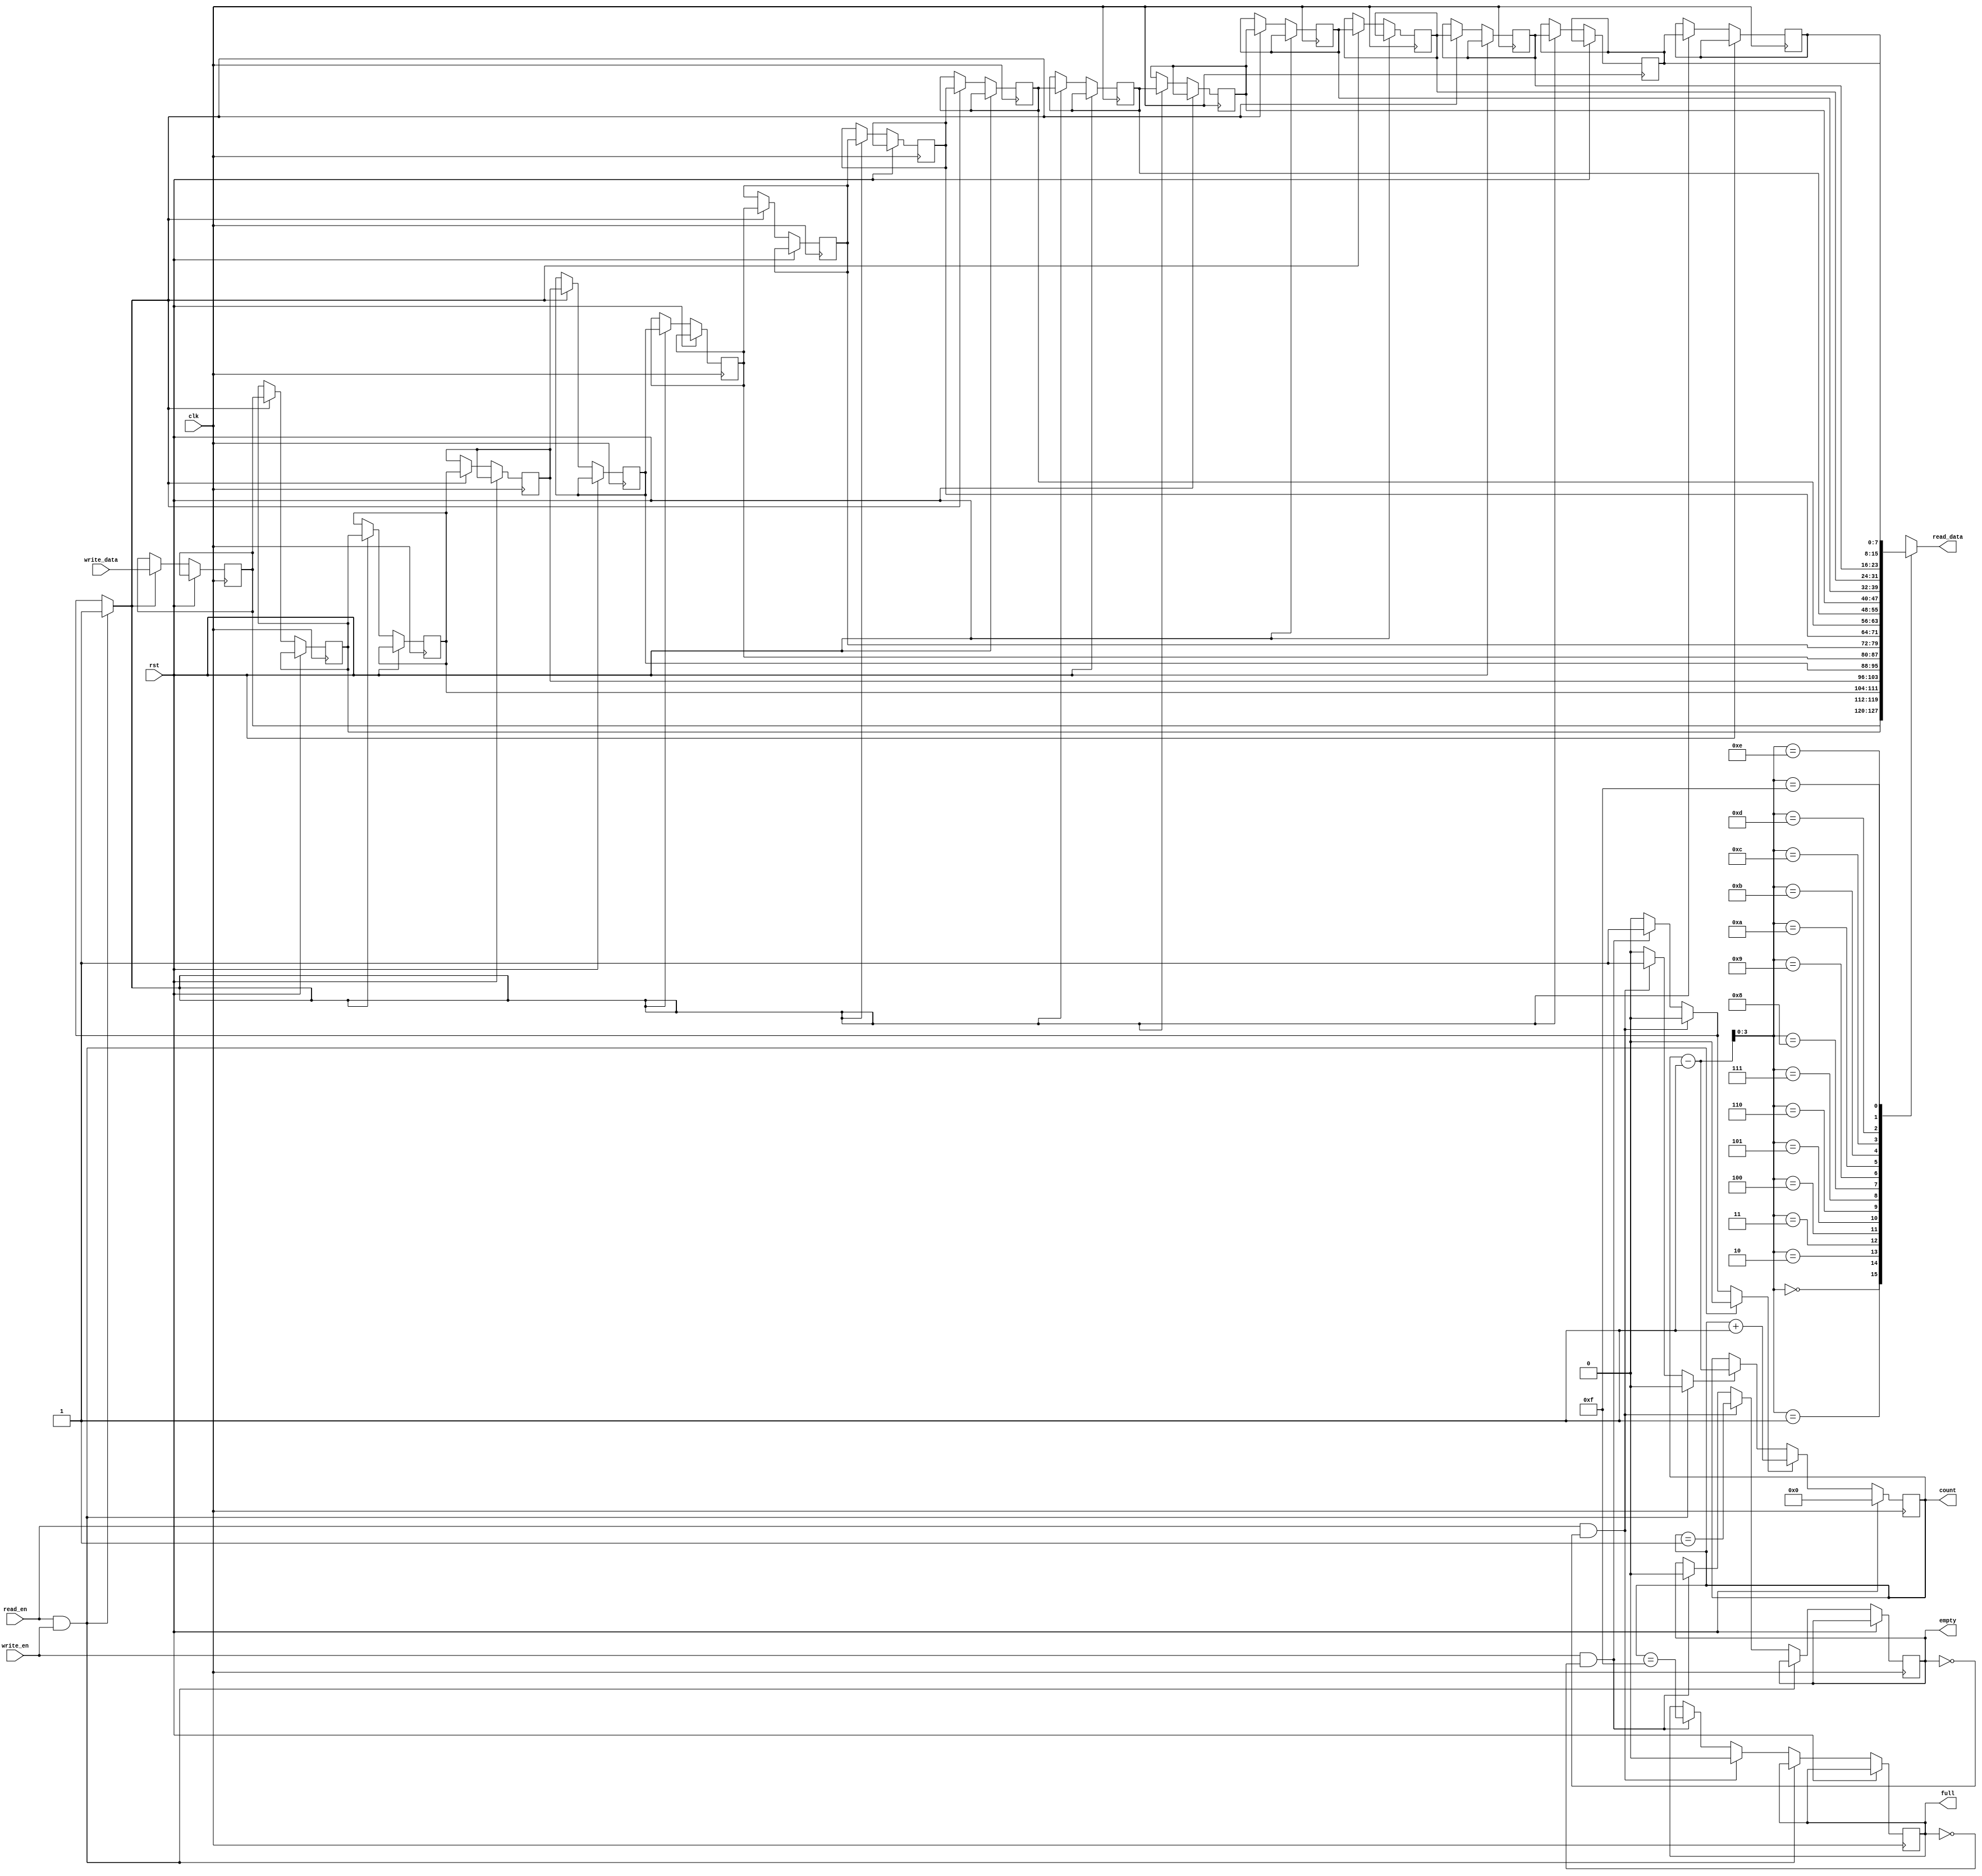
module srl_fifo #
(
    parameter WIDTH = 8,
    parameter DEPTH = 16
)
(
    input  wire                       clk,
    input  wire                       rst,

    input  wire                       write_en,
    input  wire [WIDTH-1:0]           write_data,
    input  wire                       read_en,
    output wire [WIDTH-1:0]           read_data,
    output wire                       full,
    output wire                       empty,
    output wire [$clog2(DEPTH+1)-1:0] count
);

reg [WIDTH-1:0] data_reg[DEPTH-1:0];
reg [$clog2(DEPTH+1)-1:0] ptr_reg = 0, ptr_next;
reg full_reg = 0, full_next;
reg empty_reg = 1, empty_next;

assign read_data = data_reg[ptr_reg-1];
assign full = full_reg;
assign empty = empty_reg;
assign count = ptr_reg;

wire [WIDTH-1:0] data_reg_0 = data_reg[0];
wire [WIDTH-1:0] data_reg_1 = data_reg[1];
//wire [WIDTH-1:0] data_reg_2 = data_reg[2];
//wire [WIDTH-1:0] data_reg_3 = data_reg[3];

wire ptr_empty = ptr_reg == 0;
wire ptr_empty1 = ptr_reg == 1;
wire ptr_full = ptr_reg == DEPTH;
wire ptr_full1 = ptr_reg == DEPTH-1;

reg shift;
reg inc;
reg dec;

integer i;

initial begin
    for (i = 0; i < DEPTH; i = i + 1) begin
        data_reg[i] <= 0;
    end
end

always @* begin
    shift = 0;
    inc = 0;
    dec = 0;
    ptr_next = ptr_reg;
    full_next = full_reg;
    empty_next = empty_reg;

    if (read_en & write_en) begin
        shift = 1;
    end else if (read_en & ~empty) begin
        dec = 1;
        full_next = 0;
        empty_next = ptr_empty1;
    end else if (write_en & ~full) begin
        shift = 1;
        inc = 1;
        full_next = ptr_full1;
        empty_next = 0;
    end
end

always @(posedge clk) begin
    if (rst) begin
        ptr_reg <= 0;
    end else begin
        if (shift) begin
            data_reg[0] <= write_data;
            for (i = 0; i < DEPTH-1; i = i + 1) begin
                data_reg[i+1] <= data_reg[i];
            end
        end

        if (inc) begin
            ptr_reg <= ptr_reg + 1;
        end else if (dec) begin
            ptr_reg <= ptr_reg - 1;
        end else begin
            ptr_reg <= ptr_reg;
        end

        //full_reg <= ptr_next == DEPTH;
        //empty_reg <= ptr_next == 0;

        //full_reg <= (ptr_reg == DEPTH && ~(~write_en & read_en)) || (ptr_reg == (DEPTH-1) && (write_en & ~read_en));
        //empty_reg <= (ptr_reg == 0 && ~(~read_en & write_en)) || (ptr_reg == 1 && (read_en & ~write_en));

        //full_reg <= (ptr_full && ~(~write_en & read_en)) || (ptr_full1 && (write_en & ~read_en));
        //empty_reg <= (ptr_empty && ~(~read_en & write_en)) || (ptr_empty1 && (read_en & ~write_en));

        full_reg <= full_next;
        empty_reg <= empty_next;
    end
end

endmodule